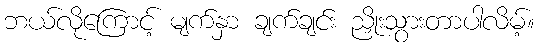
ဘယ်လိုကြောင့် မျက်နှာ ချက်ချင်း ညှိုးသွားတာပါလိမ့်။